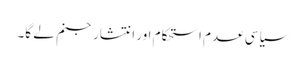
سیاسی عدم استحکام اور انتشار جنم لے گا۔